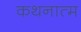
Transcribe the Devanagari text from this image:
कथनात्म